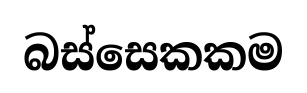
බස්සෙකකම